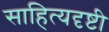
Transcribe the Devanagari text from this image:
साहित्यदृष्टी